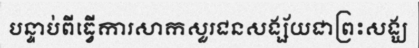
បន្ទាប់ពីធ្វើការសាកសួរជនសង្ស័យជាព្រះសង្ឃ